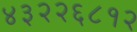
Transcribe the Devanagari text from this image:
४३२२६८१२